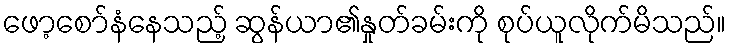
ဖော့စော်နံနေသည့် ဆွန်ယာ၏နှုတ်ခမ်းကို စုပ်ယူလိုက်မိသည်။